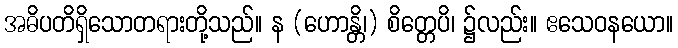
အဓိပတိရှိသောတရားတို့သည်။ န (ဟောန္တိ၊) စိတ္တေပိ၊ ၌လည်း။ ဧသေဝနယော။